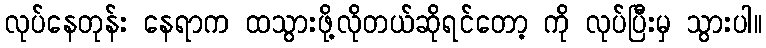
လုပ်နေတုန်း နေရာက ထသွားဖို့လိုတယ်ဆိုရင်တော့ ကို လုပ်ပြီးမှ သွားပါ။